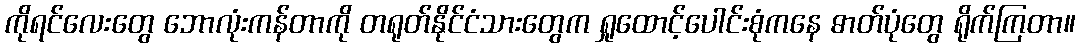
ကိုရင်လေးတွေ ဘောလုံးကန်တာကို တရုတ်နိုင်ငံသားတွေက ရှုထောင့်ပေါင်းစုံကနေ ဓာတ်ပုံတွေ ရိုက်ကြတာ။